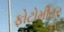
ફોટોમીટર